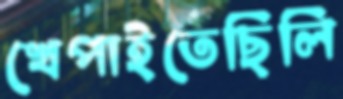
খেপাইতেছিলি